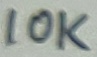
Text: 10K